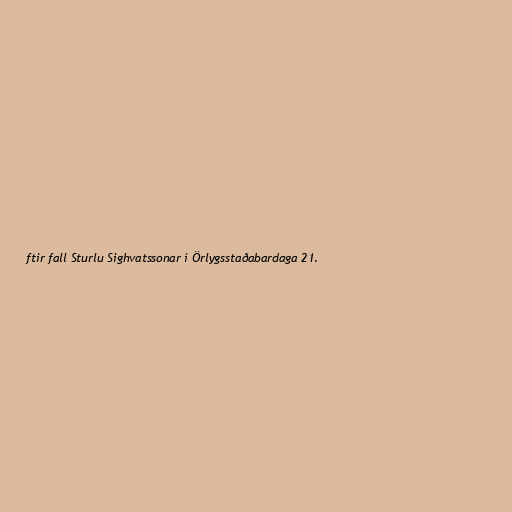
ftir fall Sturlu Sighvatssonar í Örlygsstaðabardaga 21.